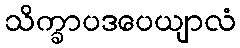
သိက္ခာပဒပေယျာလံ